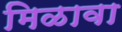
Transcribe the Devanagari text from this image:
मिळावा